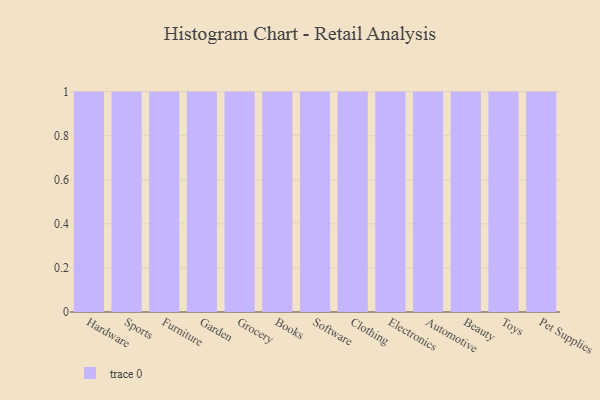
{"axis": {"x": "Category", "y": "Waste Production (Tons)"}, "legend": [""], "data": [{"x": "Hardware", "y": 5, "type": ""}, {"x": "Sports", "y": 92, "type": ""}, {"x": "Furniture", "y": 23, "type": ""}, {"x": "Garden", "y": 14, "type": ""}, {"x": "Grocery", "y": 52, "type": ""}, {"x": "Books", "y": 93, "type": ""}, {"x": "Software", "y": 14, "type": ""}, {"x": "Clothing", "y": 16, "type": ""}, {"x": "Electronics", "y": 78, "type": ""}, {"x": "Automotive", "y": 27, "type": ""}, {"x": "Beauty", "y": 94, "type": ""}, {"x": "Toys", "y": 96, "type": ""}, {"x": "Pet Supplies", "y": 73, "type": ""}]}